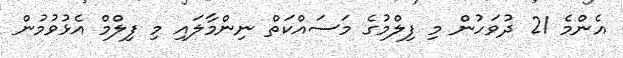
އެންމެ 21 ދުވަހުން މި ފިލްމުގެ މަސައްކަތް ނިންމާލައި މި ފިލްމް އެޅުވުމުން